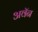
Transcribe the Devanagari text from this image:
अवॅन